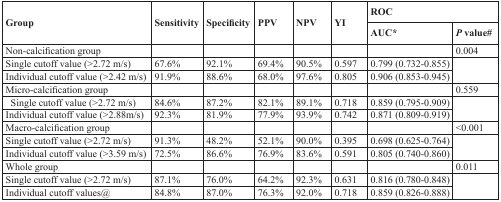
<table><thead><tr><td rowspan="2"><b>Group</b></td><td rowspan="2"><b>Sensitivity</b></td><td rowspan="2"><b>Specificity</b></td><td rowspan="2"><b>PPV</b></td><td rowspan="2"><b>NPV</b></td><td rowspan="2"><b>YI</b></td><td colspan="2"><b>ROC</b></td></tr><tr><td><b>AUC*</b></td><td><b><i>P</i> value#</b></td></tr></thead><tbody><tr><td>Non-calcification group</td><td></td><td></td><td></td><td></td><td></td><td></td><td>0.004</td></tr><tr><td>Single cutoff value (&gt;2.72 m/s)</td><td>67.6%</td><td>92.1%</td><td>69.4%</td><td>90.5%</td><td>0.597</td><td>0.799 (0.732-0.855)</td><td rowspan="2"></td></tr><tr><td>Individual cutoff value (&gt;2.42 m/s)</td><td>91.9%</td><td>88.6%</td><td>68.0%</td><td>97.6%</td><td>0.805</td><td>0.906 (0.853-0.945)</td></tr><tr><td>Micro-calcification group</td><td></td><td></td><td></td><td></td><td></td><td></td><td>0.559</td></tr><tr><td>Single cutoff value (&gt;2.72 m/s)</td><td>84.6%</td><td>87.2%</td><td>82.1%</td><td>89.1%</td><td>0.718</td><td>0.859 (0.795-0.909)</td><td rowspan="2"></td></tr><tr><td>Individual cutoff value (&gt;2.88m/s)</td><td>92.3%</td><td>81.9%</td><td>77.9%</td><td>93.9%</td><td>0.742</td><td>0.871 (0.809-0.919)</td></tr><tr><td>Macro-calcification group</td><td></td><td></td><td></td><td></td><td></td><td></td><td>&lt;0.001</td></tr><tr><td>Single cutoff value (&gt;2.72 m/s)</td><td>91.3%</td><td>48.2%</td><td>52.1%</td><td>90.0%</td><td>0.395</td><td>0.698 (0.625-0.764)</td><td rowspan="2"></td></tr><tr><td>Individual cutoff value (&gt;3.59 m/s)</td><td>72.5%</td><td>86.6%</td><td>76.9%</td><td>83.6%</td><td>0.591</td><td>0.805 (0.740-0.860)</td></tr><tr><td>Whole group</td><td></td><td></td><td></td><td></td><td></td><td></td><td>0.011</td></tr><tr><td>Single cutoff value (&gt;2.72 m/s)</td><td>87.1%</td><td>76.0%</td><td>64.2%</td><td>92.3%</td><td>0.631</td><td>0.816 (0.780-0.848)</td><td rowspan="2"></td></tr><tr><td>Individual cutoff values@</td><td>84.8%</td><td>87.0%</td><td>76.3%</td><td>92.0%</td><td>0.718</td><td>0.859 (0.826-0.888)</td></tr></tbody></table>